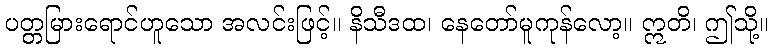
ပတ္တမြားရောင်ဟူသော အလင်းဖြင့်။ နိသီဒထ၊ နေတော်မူကုန်လော့။ ဣတိ၊ ဤသို့။